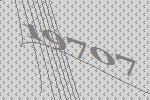
19707